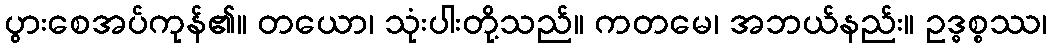
ပွားစေအပ်ကုန်၏။ တယော၊ သုံးပါးတို့သည်။ ကတမေ၊ အဘယ်နည်း။ ဥဒ္ဓစ္စဿ၊